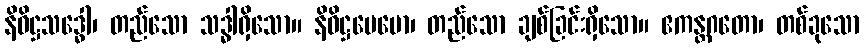
နိဝိဋ္ဌသဒ္ဓေါ၊ တည်သော သဒ္ဓါရှိသော။ နိဝိဋ္ဌပေမော၊ တည်သော ချစ်ခြင်းရှိသော။ ဧကန္တဂတော၊ တစ်ခုသော